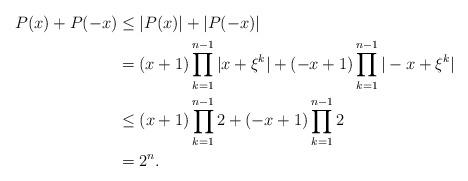
LaTeX: \begin{align*} P(x) + P(-x) &\leq |P(x)| + |P(-x)| \\ &= (x+1) \prod_{k=1}^{n-1} |x+\xi^k| + (-x+1) \prod_{k=1}^{n-1} |-x+\xi^k| \\ &\leq (x+1) \prod_{k=1}^{n-1} 2 + (-x+1) \prod_{k=1}^{n-1} 2 \\ &= 2^n.\end{align*}